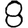
Digit: 8